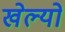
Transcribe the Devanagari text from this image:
खेल्यो